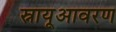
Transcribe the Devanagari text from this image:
स्नायूआवरण